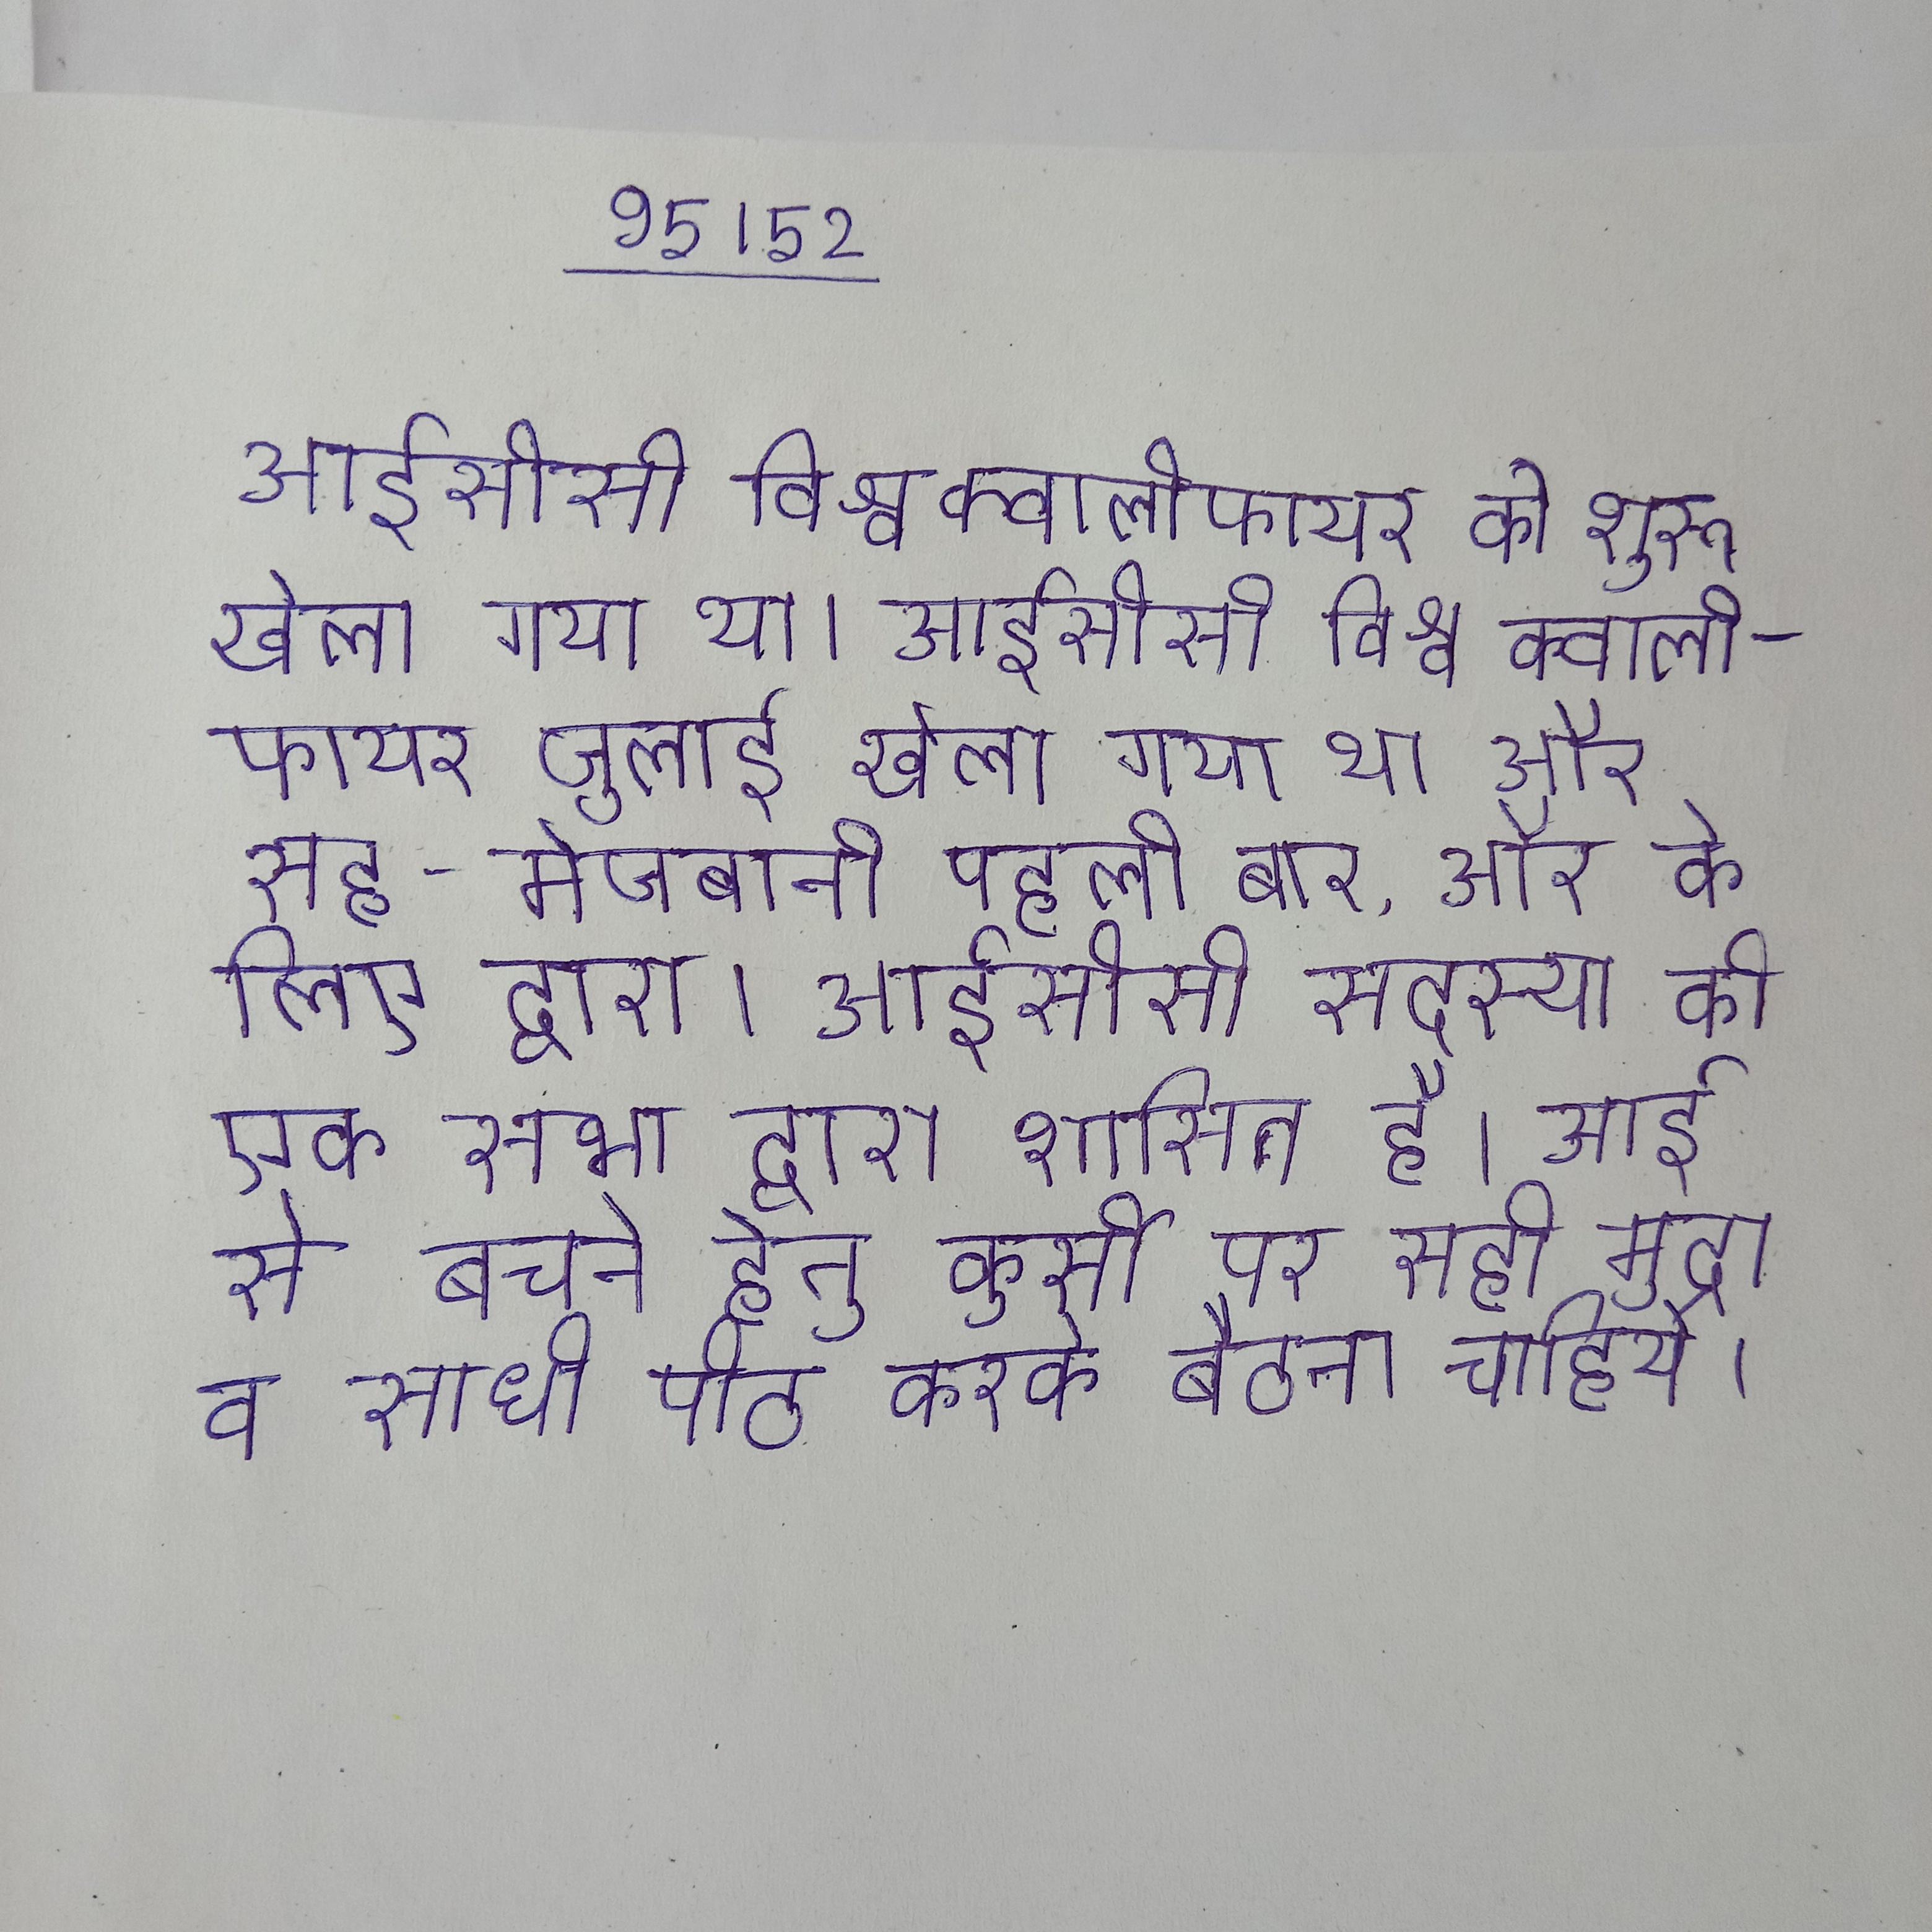
आईसीसी विश्व क्वालीफायर के शुरू खेला गया था । आईसीसी विश्व क्वालीफायर जुलाई खेला गया था और सह-मेजबानी पहली बार, और के लिए द्वारा । आईसीसी सदस्य की एक सभा द्वारा शासित है । आई से बचने हेतु कुर्सी पर सही मुद्रा व सीधी पीठ करके बैठना चाहिये ।